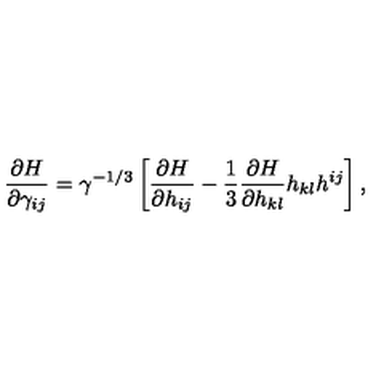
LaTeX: \frac { \partial H } { \partial \gamma _ { i j } } = \gamma ^ { - 1 / 3 } \left[ \frac { \partial H } { \partial h _ { i j } } - \frac { 1 } { 3 } \frac { \partial H } { \partial h _ { k l } } h _ { k l } h ^ { i j } \right] ,